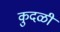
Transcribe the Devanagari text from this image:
कुदळी